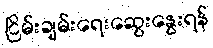
ငြိမ်းချမ်းရေးဆွေးနွေးရန်